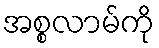
အစ္စလာမ်ကို